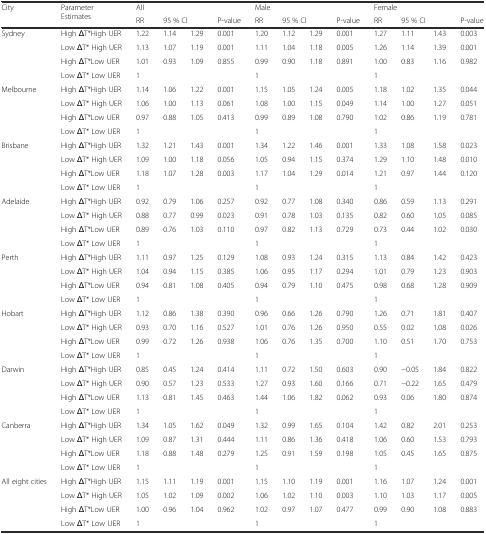
<table><thead><tr><td rowspan="2"><b>City</b></td><td rowspan="2"><b>Parameter Estimates</b></td><td colspan="4"><b>All</b></td><td colspan="4"><b>Male</b></td><td colspan="4"><b>Female</b></td></tr><tr><td><b>RR</b></td><td colspan="2"><b>95 % CI</b></td><td><b>P-value</b></td><td><b>RR</b></td><td colspan="2"><b>95 % CI</b></td><td><b>P-value</b></td><td><b>RR</b></td><td colspan="2"><b>95 % CI</b></td><td><b>P-value</b></td></tr></thead><tbody><tr><td rowspan="4">Sydney</td><td>High ΔT*High UER</td><td>1.22</td><td>1.14</td><td>1.29</td><td>0.001</td><td>1.20</td><td>1.12</td><td>1.29</td><td>0.001</td><td>1.27</td><td>1.11</td><td>1.43</td><td>0.003</td></tr><tr><td>Low ΔT* High UER</td><td>1.13</td><td>1.07</td><td>1.19</td><td>0.001</td><td>1.11</td><td>1.04</td><td>1.18</td><td>0.005</td><td>1.26</td><td>1.14</td><td>1.39</td><td>0.001</td></tr><tr><td>High ΔT*Low UER</td><td>1.01</td><td>0.93</td><td>1.09</td><td>0.855</td><td>0.99</td><td>0.90</td><td>1.18</td><td>0.891</td><td>1.00</td><td>0.83</td><td>1.16</td><td>0.982</td></tr><tr><td>Low ΔT* Low UER</td><td>1</td><td></td><td></td><td></td><td>1</td><td></td><td></td><td></td><td>1</td><td></td><td></td><td></td></tr><tr><td rowspan="4">Melbourne</td><td>High ΔT*High UER</td><td>1.14</td><td>1.06</td><td>1.22</td><td>0.001</td><td>1.15</td><td>1.05</td><td>1.24</td><td>0.005</td><td>1.18</td><td>1.02</td><td>1.35</td><td>0.044</td></tr><tr><td>Low ΔT* High UER</td><td>1.06</td><td>1.00</td><td>1.13</td><td>0.061</td><td>1.08</td><td>1.00</td><td>1.15</td><td>0.049</td><td>1.14</td><td>1.00</td><td>1.27</td><td>0.051</td></tr><tr><td>High ΔT*Low UER</td><td>0.97</td><td>0.88</td><td>1.05</td><td>0.413</td><td>0.99</td><td>0.89</td><td>1.08</td><td>0.790</td><td>1.02</td><td>0.86</td><td>1.19</td><td>0.781</td></tr><tr><td>Low ΔT* Low UER</td><td>1</td><td></td><td></td><td></td><td>1</td><td></td><td></td><td></td><td>1</td><td></td><td></td><td></td></tr><tr><td rowspan="4">Brisbane</td><td>High ΔT*High UER</td><td>1.32</td><td>1.21</td><td>1.43</td><td>0.001</td><td>1.34</td><td>1.22</td><td>1.46</td><td>0.001</td><td>1.33</td><td>1.08</td><td>1.58</td><td>0.023</td></tr><tr><td>Low ΔT* High UER</td><td>1.09</td><td>1.00</td><td>1.18</td><td>0.056</td><td>1.05</td><td>0.94</td><td>1.15</td><td>0.374</td><td>1.29</td><td>1.10</td><td>1.48</td><td>0.010</td></tr><tr><td>High ΔT*Low UER</td><td>1.18</td><td>1.07</td><td>1.28</td><td>0.003</td><td>1.17</td><td>1.04</td><td>1.29</td><td>0.014</td><td>1.21</td><td>0.97</td><td>1.44</td><td>0.120</td></tr><tr><td>Low ΔT* Low UER</td><td>1</td><td></td><td></td><td></td><td>1</td><td></td><td></td><td></td><td>1</td><td></td><td></td><td></td></tr><tr><td rowspan="4">Adelaide</td><td>High ΔT*High UER</td><td>0.92</td><td>0.79</td><td>1.06</td><td>0.257</td><td>0.92</td><td>0.77</td><td>1.08</td><td>0.340</td><td>0.86</td><td>0.59</td><td>1.13</td><td>0.291</td></tr><tr><td>Low ΔT* High UER</td><td>0.88</td><td>0.77</td><td>0.99</td><td>0.023</td><td>0.91</td><td>0.78</td><td>1.03</td><td>0.135</td><td>0.82</td><td>0.60</td><td>1.05</td><td>0.085</td></tr><tr><td>High ΔT*Low UER</td><td>0.89</td><td>0.76</td><td>1.03</td><td>0.110</td><td>0.97</td><td>0.82</td><td>1.13</td><td>0.729</td><td>0.73</td><td>0.44</td><td>1.02</td><td>0.030</td></tr><tr><td>Low ΔT* Low UER</td><td>1</td><td></td><td></td><td></td><td>1</td><td></td><td></td><td></td><td>1</td><td></td><td></td><td></td></tr><tr><td rowspan="4">Perth</td><td>High ΔT*High UER</td><td>1.11</td><td>0.97</td><td>1.25</td><td>0.129</td><td>1.08</td><td>0.93</td><td>1.24</td><td>0.315</td><td>1.13</td><td>0.84</td><td>1.42</td><td>0.423</td></tr><tr><td>Low ΔT* High UER</td><td>1.04</td><td>0.94</td><td>1.15</td><td>0.385</td><td>1.06</td><td>0.95</td><td>1.17</td><td>0.294</td><td>1.01</td><td>0.79</td><td>1.23</td><td>0.903</td></tr><tr><td>High ΔT*Low UER</td><td>0.94</td><td>0.81</td><td>1.08</td><td>0.405</td><td>0.94</td><td>0.79</td><td>1.10</td><td>0.475</td><td>0.98</td><td>0.68</td><td>1.28</td><td>0.909</td></tr><tr><td>Low ΔT* Low UER</td><td>1</td><td></td><td></td><td></td><td>1</td><td></td><td></td><td></td><td>1</td><td></td><td></td><td></td></tr><tr><td rowspan="4">Hobart</td><td>High ΔT*High UER</td><td>1.12</td><td>0.86</td><td>1.38</td><td>0.390</td><td>0.96</td><td>0.66</td><td>1.26</td><td>0.790</td><td>1.26</td><td>0.71</td><td>1.81</td><td>0.407</td></tr><tr><td>Low ΔT* High UER</td><td>0.93</td><td>0.70</td><td>1.16</td><td>0.527</td><td>1.01</td><td>0.76</td><td>1.26</td><td>0.950</td><td>0.55</td><td>0.02</td><td>1.08</td><td>0.026</td></tr><tr><td>High ΔT*Low UER</td><td>0.99</td><td>0.72</td><td>1.26</td><td>0.938</td><td>1.06</td><td>0.76</td><td>1.35</td><td>0.700</td><td>1.10</td><td>0.51</td><td>1.70</td><td>0.753</td></tr><tr><td>Low ΔT* Low UER</td><td>1</td><td></td><td></td><td></td><td>1</td><td></td><td></td><td></td><td>1</td><td></td><td></td><td></td></tr><tr><td rowspan="4">Darwin</td><td>High ΔT*High UER</td><td>0.85</td><td>0.45</td><td>1.24</td><td>0.414</td><td>1.11</td><td>0.72</td><td>1.50</td><td>0.603</td><td>0.90</td><td>−0.05</td><td>1.84</td><td>0.822</td></tr><tr><td>Low ΔT* High UER</td><td>0.90</td><td>0.57</td><td>1.23</td><td>0.533</td><td>1.27</td><td>0.93</td><td>1.60</td><td>0.166</td><td>0.71</td><td>−0.22</td><td>1.65</td><td>0.479</td></tr><tr><td>High ΔT*Low UER</td><td>1.13</td><td>0.81</td><td>1.45</td><td>0.463</td><td>1.44</td><td>1.06</td><td>1.82</td><td>0.062</td><td>0.93</td><td>0.06</td><td>1.80</td><td>0.874</td></tr><tr><td>Low ΔT* Low UER</td><td>1</td><td></td><td></td><td></td><td>1</td><td></td><td></td><td></td><td>1</td><td></td><td></td><td></td></tr><tr><td rowspan="4">Canberra</td><td>High ΔT*High UER</td><td>1.34</td><td>1.05</td><td>1.62</td><td>0.049</td><td>1.32</td><td>0.99</td><td>1.65</td><td>0.104</td><td>1.42</td><td>0.82</td><td>2.01</td><td>0.253</td></tr><tr><td>Low ΔT* High UER</td><td>1.09</td><td>0.87</td><td>1.31</td><td>0.444</td><td>1.11</td><td>0.86</td><td>1.36</td><td>0.418</td><td>1.06</td><td>0.60</td><td>1.53</td><td>0.793</td></tr><tr><td>High ΔT*Low UER</td><td>1.18</td><td>0.88</td><td>1.48</td><td>0.279</td><td>1.25</td><td>0.91</td><td>1.59</td><td>0.198</td><td>1.05</td><td>0.45</td><td>1.65</td><td>0.875</td></tr><tr><td>Low ΔT* Low UER</td><td>1</td><td></td><td></td><td></td><td>1</td><td></td><td></td><td></td><td>1</td><td></td><td></td><td></td></tr><tr><td rowspan="4">All eight cities</td><td>High ΔT*High UER</td><td>1.15</td><td>1.11</td><td>1.19</td><td>0.001</td><td>1.15</td><td>1.10</td><td>1.19</td><td>0.001</td><td>1.16</td><td>1.07</td><td>1.24</td><td>0.001</td></tr><tr><td>Low ΔT* High UER</td><td>1.05</td><td>1.02</td><td>1.09</td><td>0.002</td><td>1.06</td><td>1.02</td><td>1.10</td><td>0.003</td><td>1.10</td><td>1.03</td><td>1.17</td><td>0.005</td></tr><tr><td>High ΔT*Low UER</td><td>1.00</td><td>0.96</td><td>1.04</td><td>0.962</td><td>1.02</td><td>0.97</td><td>1.07</td><td>0.477</td><td>0.99</td><td>0.90</td><td>1.08</td><td>0.883</td></tr><tr><td>Low ΔT* Low UER</td><td>1</td><td></td><td></td><td></td><td>1</td><td></td><td></td><td></td><td>1</td><td></td><td></td><td></td></tr></tbody></table>